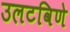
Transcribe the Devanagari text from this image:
उलटविणे